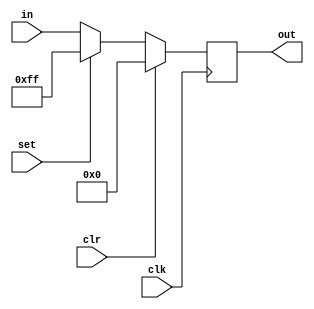
module Register(
  input [7:0] in,
  input set, clr, clk,
  output reg [7:0] out);
    always @(posedge clk)
    begin
      if (clr) out=8'd0;
      else if (set) out=8'd255;
      else out=in;
  end
endmodule